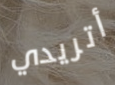
أتريدي